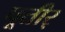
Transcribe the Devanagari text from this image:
पूतीर्